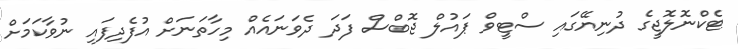
ޓެކްނޮލޮޖީގެ ދުނިޔޭގައި ސްޓީވް ޕައުލް ޖޮބްސް ފަދަ ދެވަނައެއް މިހާތަނަށް އުފެދިފައި ނުވާކަމަށް